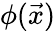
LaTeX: \phi(\vec{x})